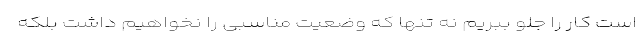
است کار را جلو ببریم نه تنها که وضعیت مناسبی را نخواهیم داشت بلکه